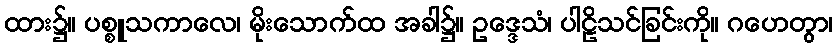
ထား၌။ ပစ္စူသကာလေ၊ မိုးသောက်ထ အခါ၌။ ဥဒ္ဒေသံ၊ ပါဠိသင်ခြင်းကို။ ဂဟေတွာ၊